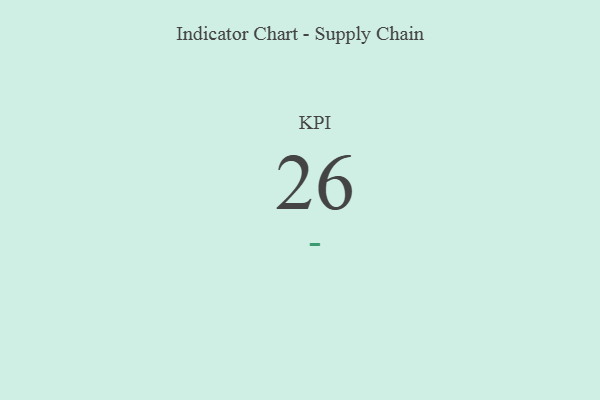
{"axis": {"x": "KPI", "y": "Value"}, "legend": [""], "data": [{"x": "KPI", "y": 26, "type": ""}]}